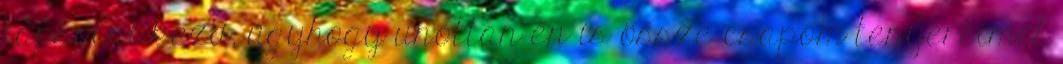
tapsolni kezd, úgyhogy unottan én is össze csapom tenyereimet